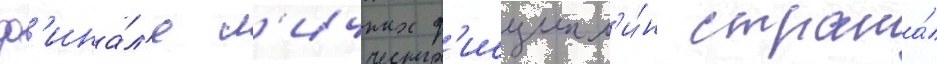
ф'ина́л'е л'ичных д'исципл'и́н страна́